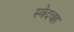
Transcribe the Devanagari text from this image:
स्वेदवह